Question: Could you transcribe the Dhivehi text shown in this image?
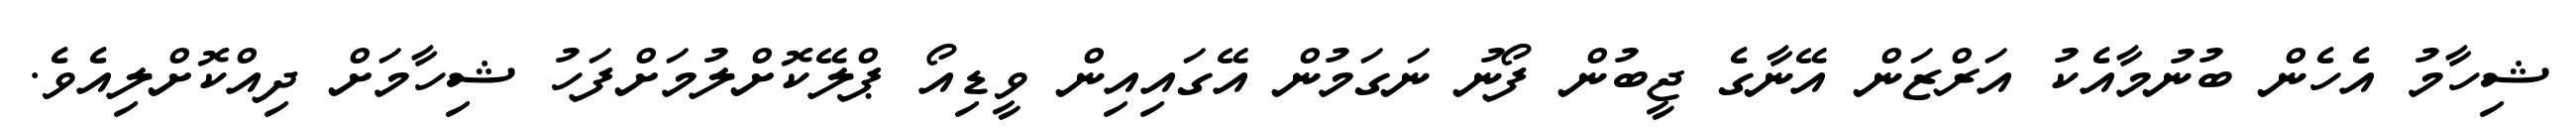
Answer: ޝިހާމު އެހެން ބުނުމާއެކު އަރްޒަން އޭނާގެ ޖީބުން ފޯނު ނަގަމުން އޭގައިއިން ވީޑިއޯ ޕްލޭކޮށްލުމަށްފަހު ޝިހާމަށް ދިއްކޮށްލިއެވެ.